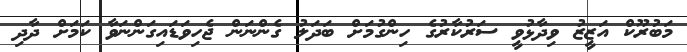
މަބުރޫކް އަޒީޒު ވިދާޅުވީ ސަރުކާރުގެ ހިންގުމަށް ބަދަލު ގެންނަން ޖެހިވަޑައިގަންނަވާ ކަމަށް ދާދި